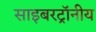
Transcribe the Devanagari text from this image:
साइबरट्राॅनीय